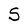
Character: S